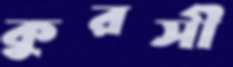
কুরসী